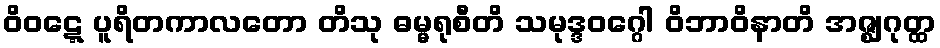
ဝိဝဋ္ဋေ ပူရိတကာလတော တိသု ဓမ္မရုစီတိ သမုဒ္ဒဝဂ္ဂေါ ဝိဘာဝိနာတိ အဇ္ဈဂုတ္ထ